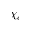
\chi _ { e }